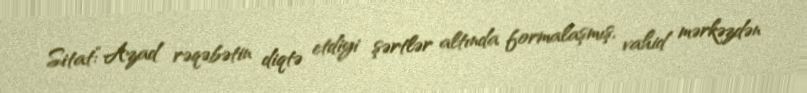
Sitat:“Azad rəqəbətin diqtə etdiyi şərtlər altında formalaşmış, vahid mərkəzdən